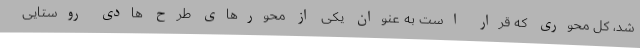
شد، کل محوری که قرار است به عنوان یکی از محورهای طرح هادی روستایی